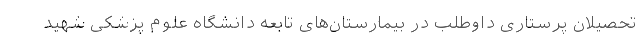
تحصیلان پرستاری داوطلب در بیمارستان‌های تابعه دانشگاه علوم پزشکی شهید